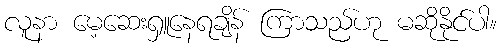
လူနာ မေ့ဆေးရှူနေရချိန် ကြာသည်ဟု မဆိုနိုင်ပါ။